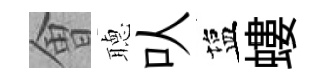
㑹𦗟㕥塩螻